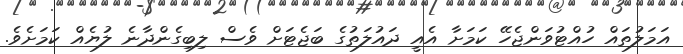
އަމަލުތައް ހުއްޓުވަންޖެހޭ ކަމަށާ އެއީ ދައުލަތުގެ ބަޖެޓަށް ވެސް ލިބިގެންދާނެ ލުޔެއް ކަމަށެވެ.